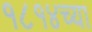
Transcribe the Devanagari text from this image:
१८१४च्या